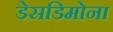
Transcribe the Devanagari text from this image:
डेसडिमोना